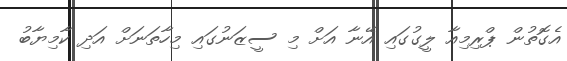
އެގޮތުން ޕްރިމިއާ ލީގުގައި އޭނާ އަށް މި ސީޒަނުގައި މިހާތަނަށް އަދި ކާމިޔާބު